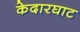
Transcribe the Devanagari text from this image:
केदारघाट